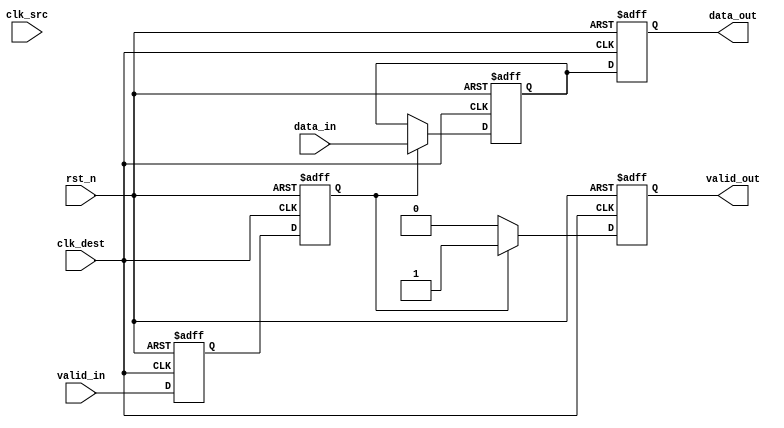
module MemoryBlocksHandshakeSynchronizer #(
    parameter DATA_WIDTH = 8,  // Width of the data bus
    parameter RESET_ACTIVE_LOW = 1 // 1 for active low reset, 0 for active high
)(
    input  wire [DATA_WIDTH-1:0] data_in,    // Data input from source clock domain
    input  wire valid_in,                     // Valid signal from source clock domain
    input  wire clk_src,                      // Clock signal for source domain
    input  wire clk_dest,                     // Clock signal for destination domain
    input  wire rst_n,                        // Reset signal (active low if RESET_ACTIVE_LOW = 1)
    
    output reg [DATA_WIDTH-1:0] data_out,    // Synchronized data output for destination clock domain
    output reg valid_out                      // Valid signal for destination clock domain
);

    // Internal signals for synchronization
    reg valid_in_sync_1, valid_in_sync_2;
    reg [DATA_WIDTH-1:0] data_reg;

    // Synchronize valid_in signal to destination clock domain
    always @(posedge clk_dest or negedge rst_n) begin
        if (!rst_n) begin
            valid_in_sync_1 <= 1'b0;
            valid_in_sync_2 <= 1'b0;
        end else begin
            valid_in_sync_1 <= valid_in; // First stage of synchronization
            valid_in_sync_2 <= valid_in_sync_1; // Second stage of synchronization
        end
    end

    // Data transfer logic
    always @(posedge clk_dest or negedge rst_n) begin
        if (!rst_n) begin
            data_out <= {DATA_WIDTH{1'b0}};
            valid_out <= 1'b0;
            data_reg <= {DATA_WIDTH{1'b0}};
        end else begin
            if (valid_in_sync_2) begin
                data_reg <= data_in; // Latch data when valid_in is synchronized
                valid_out <= 1'b1; // Assert valid_out
            end else begin
                valid_out <= 1'b0; // Deassert valid_out if valid_in is not asserted
            end
            data_out <= data_reg; // Output the latched data
        end
    end

endmodule